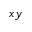
x y